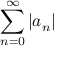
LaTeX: \sum _ { n = 0 } ^ { \infty } \left| a _ { n } \right|